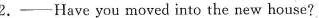
2.--Have you moved into the new house?